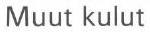
Muut kulut